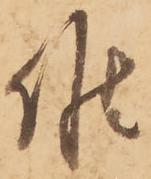
候